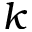
k